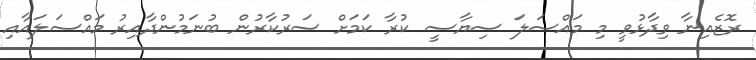
ރޮޒެއިނާ ވިދާޅުވީ މި މައްސަލަ ސިޔާސީ ކުރާ ކަަމަށް ސަރުކާރުން ބުނަމުންދާއިރު މައްސަލައާއި